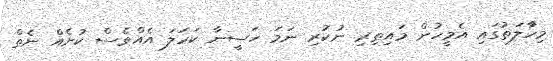
މިހާަލަތުގައި އެމީހުން މައިތިރި ނުކުރި ނަމަ ހަސީނާ ކަހަލަ އެއްވެސް ކުށެއް ނެތް